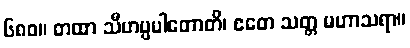
၆၈၀။ တထာ သီဟပ္ပပါတောတိ၊ ဧတေ သတ္တ မဟာသရာ။